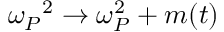
\omega _ { P } { ^ 2 } \rightarrow \omega _ { P } ^ { 2 } + m ( t )